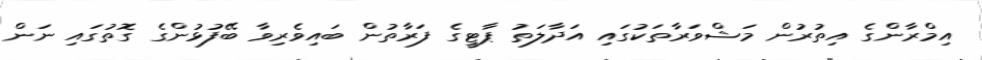
އިމްރާންގެ އިތުރުުން މަޝްވަރާތަކުގައި އަދާލަތު ޕާޓީގެ ފަރާތުން ބައިވެރިވާ ބޭފުޅުންގެ ގޮތުގައި ނަން